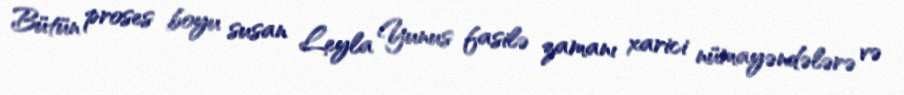
Bütün proses boyu susan Leyla Yunus fasilə zamanı xarici nümayəndələrə və